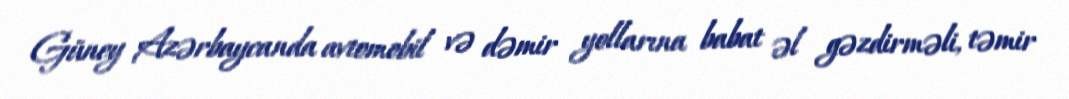
Güney Azərbaycanda avtomobil və dəmir yollarına babat əl gəzdirməli, təmir